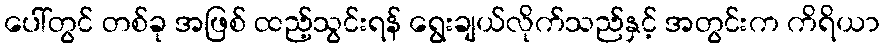
ပေါ်တွင် တစ်ခု အဖြစ် ထည့်သွင်းရန် ရွေးချယ်လိုက်သည်နှင့် အတွင်းက ကိရိယာ